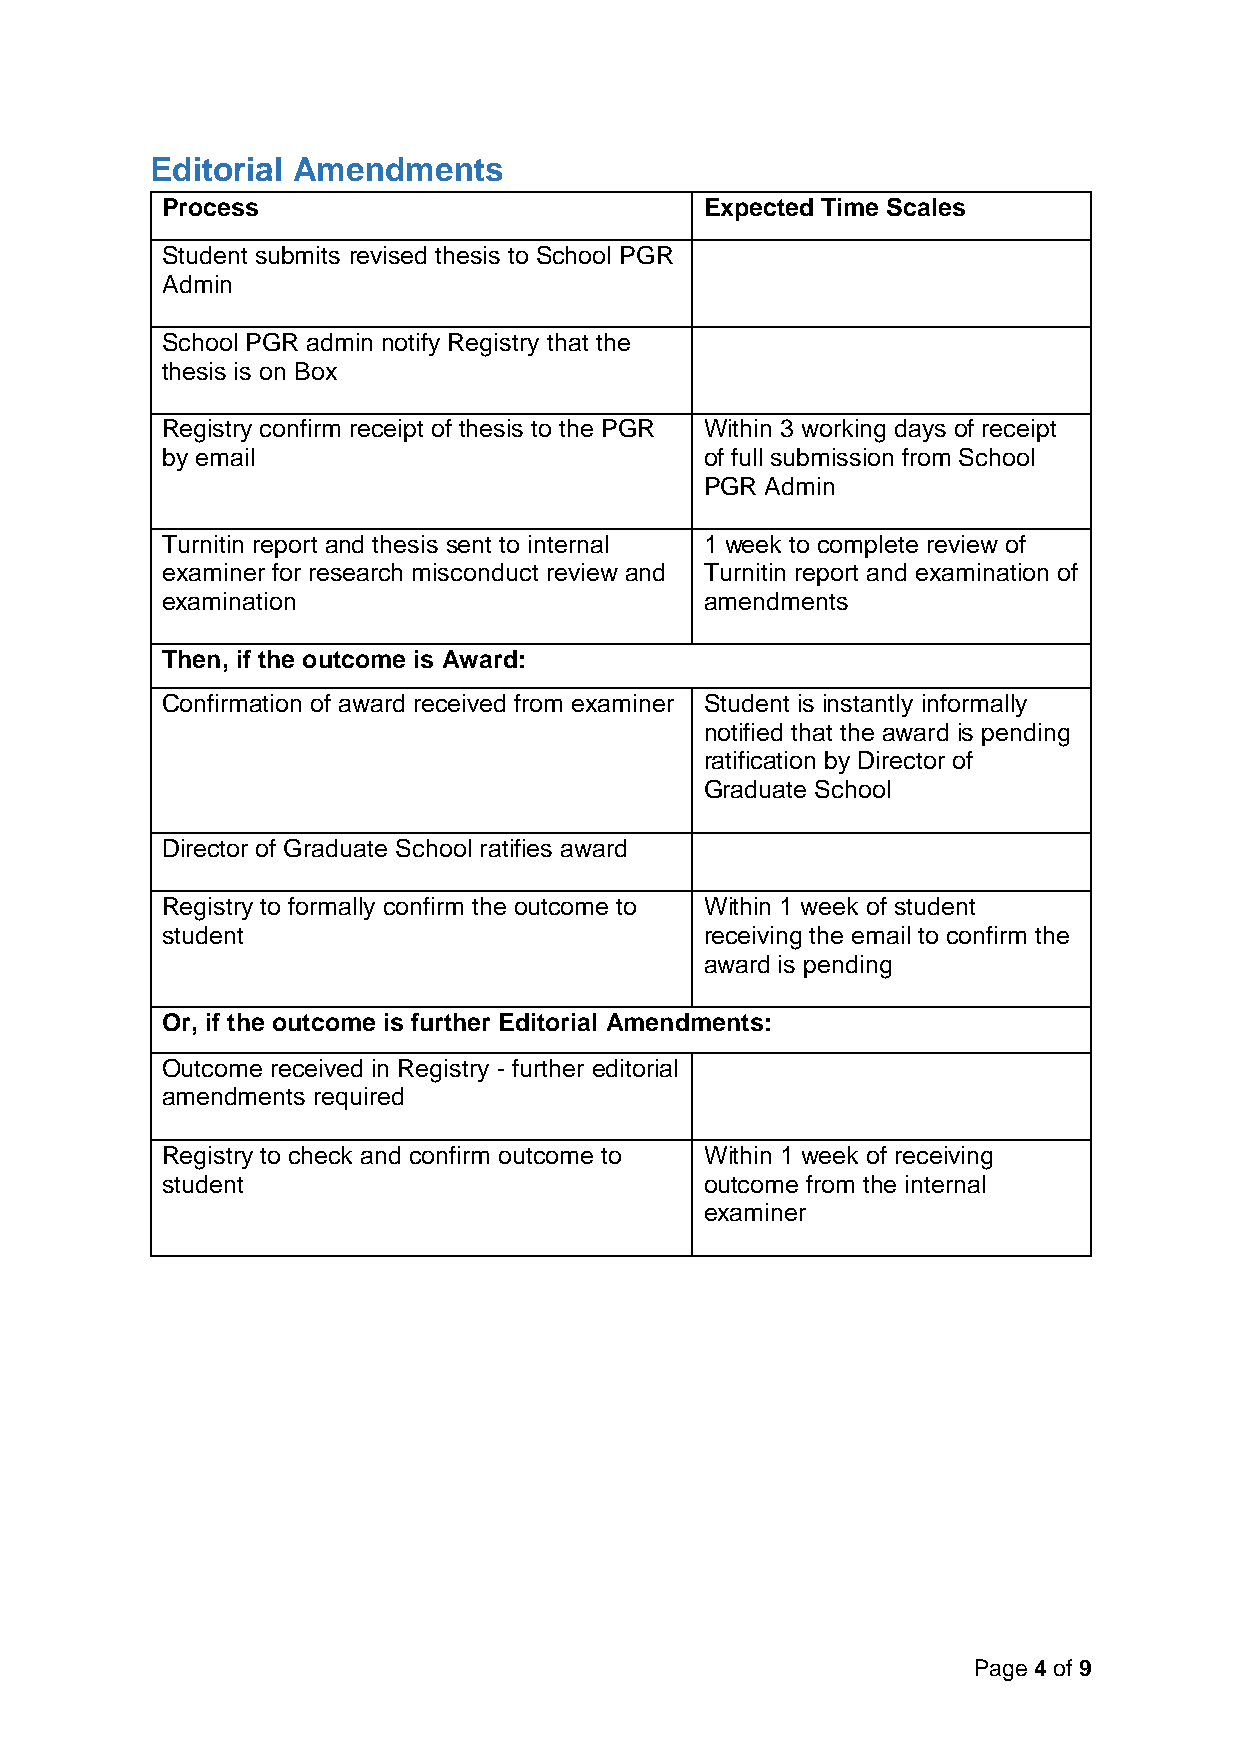
Editorial Amendments
 Process                             Expected Time Scales
 Student submits revised thesis to School PGR
 Admin
 School PGR admin notify Registry that the
 thesis is on Box
 Registry confirm receipt of thesis to the PGR Within 3 working days of receipt
 by email                            of full submission from School
 PGR Admin
 Turnitin report and thesis sent to internal 1 week to complete review of
 examiner for research misconduct review and Turnitin report and examination of
 examination                         amendments
 Then, if the outcome is Award:
 Confirmation of award received from examiner Student is instantly informally
 notified that the award is pending
 ratification by Director of
 Graduate School
 Director of Graduate School ratifies award
 Registry to formally confirm the outcome to Within 1 week of student
 student                             receiving the email to confirm the
 award is pending
 Or, if the outcome is further Editorial Amendments:
 Outcome received in Registry - further editorial
 amendments required
 Registry to check and confirm outcome to Within 1 week of receiving
 student                             outcome from the internal
 examiner
 Page 4 of 9